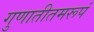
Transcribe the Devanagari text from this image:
गुणातीतमरूपं